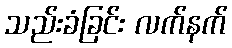
သည်းခံခြင်း လက်နက်